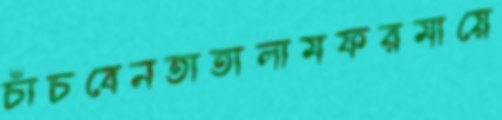
চাঁচবেনতাতালামফরমায়ে